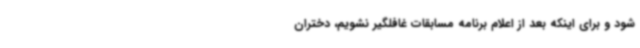
شود و برای اینکه بعد از اعلام برنامه مسابقات غافلگیر نشویم، دختران